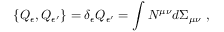
\{ Q _ { \epsilon } , Q _ { \epsilon ^ { \prime } } \} = \delta _ { \epsilon } Q _ { \epsilon ^ { \prime } } = \int N ^ { \mu \nu } d \Sigma _ { \mu \nu } \ ,